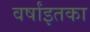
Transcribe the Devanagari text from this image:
वर्षांइतका